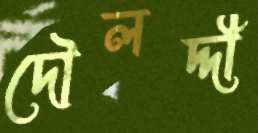
দৌলদ্দী